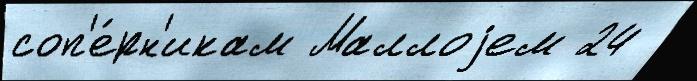
соп'е́рн'икам Маллоjем 24